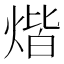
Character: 煯